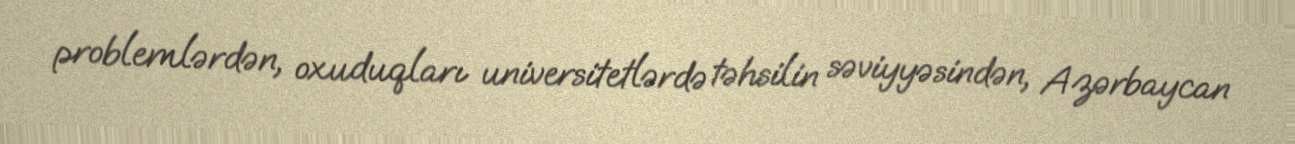
problemlərdən, oxuduqları universitetlərdə təhsilin səviyyəsindən, Azərbaycan